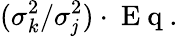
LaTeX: (\sigma_{k}^{2}/\sigma_{\mathit{j}}^{2})\cdot\mathrm{{~E~q~.~}}